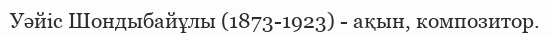
Уәйіс Шондыбайұлы (1873-1923) - ақын, композитор.